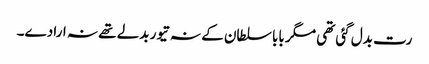
رت بدل گئی تھی مگر بابا سلطان کے نہ تیور بدلے تھے نہ ارادے۔